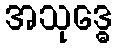
အသုဒ္ဓေ